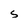
Character: S